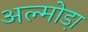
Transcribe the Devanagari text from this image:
अल्मोडा़